Report of the Municipal Commissioner on the plague in Bombay for the year ending 31st May... - Volume 1
Disease focus: Plague
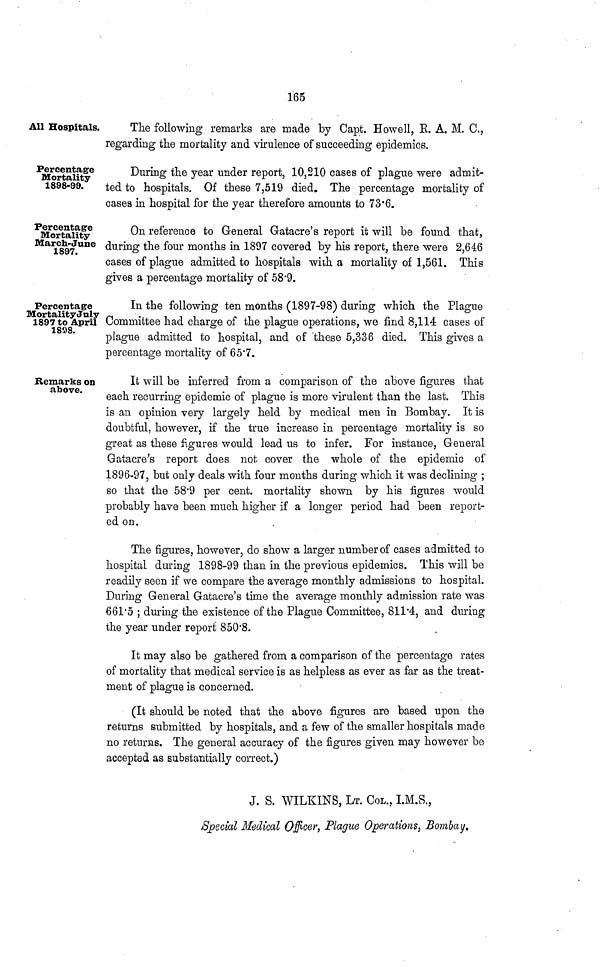
165
All Hospitals.
The following remarks are made by Capt. Howell, R. A. M. C.,
regarding the mortality and virulence of succeeding epidemics.
Percentage
Mortality
1898-99.
During the year under report, 10,210 cases of plague were admit-
ted to hospitals. Of these 7,519 died. The percentage mortality of
cases in hospital for the year therefore amounts to 736.
Percentage
Mortality
March-June
1897.
On reference to General Gatacre's report it will be found that,
during the four months in 1897 covered by his report, there were 2,646
cases of plague admitted to hospitals with a mortality of 1,561. This
gives a percentage mortality of 58·9.
Percentage
Mortality July
1897 to April
1898.
In the following ten months (1897-98) during which the Plague
Committee had charge of the plague operations, we find 8,114 cases of
plague admitted to hospital, and of these 5,336 died. This gives a
percentage mortality of 65·7.
Remarks on
above.
It will be inferred from a comparison of the above figures that
each recurring epidemic of plague is more virulent than the last. This
is an opinion very largely held by medical men in Bombay. It is
doubtful, however, if the true increase in percentage mortality is so
great as these figures would lead us to infer. For instance, General
Gatacre's report does not. cover the whole of the epidemic of
1896-97, but only deals with four months during which it was declining ;
so that the 58·9 per cent. mortality shown by his figures would
probably have been much higher if a longer period had been report-
ed on.
The figures, however, do show a larger number of cases admitted to
hospital during 1898-99 than in the previous epidemics. This will be
readily seen if we compare the average monthly admissions to hospital.
During General Gatacre's time the average monthly admission rate was
661·5 ; during the existence of the Plague Committee, 811·4, and during
the year under report 850·8.
It may also be gathered from a comparison of the percentage rates
of mortality that medical service is as helpless as ever as far as the treat-
ment of plague is concerned.
(It should be noted that the above figures are based upon the
returns submitted by hospitals, and a few of the smaller hospitals made
no returns. The general accuracy of the figures given may however be
accepted as substantially correct.)
J. S. WILKINS, LT. COL., I.M.S.,
Special Medical Officer, Plague Operations, Bombay.